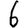
Digit: 6